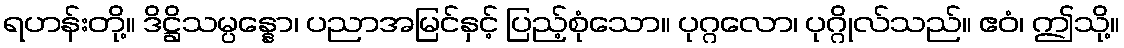
ရဟန်းတို့။ ဒိဋ္ဌိသမ္ပန္နော၊ ပညာအမြင်နှင့် ပြည့်စုံသော။ ပုဂ္ဂလော၊ ပုဂ္ဂိုလ်သည်။ ဧဝံ၊ ဤသို့။